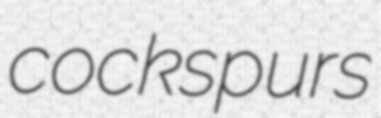
cockspurs